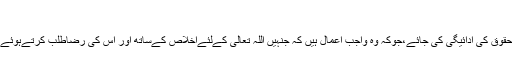
6- انقیاد:
یعنی اس کےحقوق کی ادائیگی کی جائے،جوکہ وہ واجب اعمال ہیں کہ جنہیں اللہ تعالی کےلئےاخلاص کےساتھ اور اس کی رضاطلب کرتےہوئے ادا کیا جائے۔